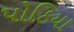
પોઠિયા